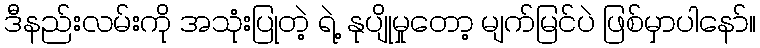
ဒီနည်းလမ်းကို အသုံးပြုတဲ့ ရဲ့ နုပျိုမှုတော့ မျက်မြင်ပဲ ဖြစ်မှာပါနော်။